Indian journal of veterinary science and animal husbandry - Volumes 15-17, 1948-1951
Year: 1948
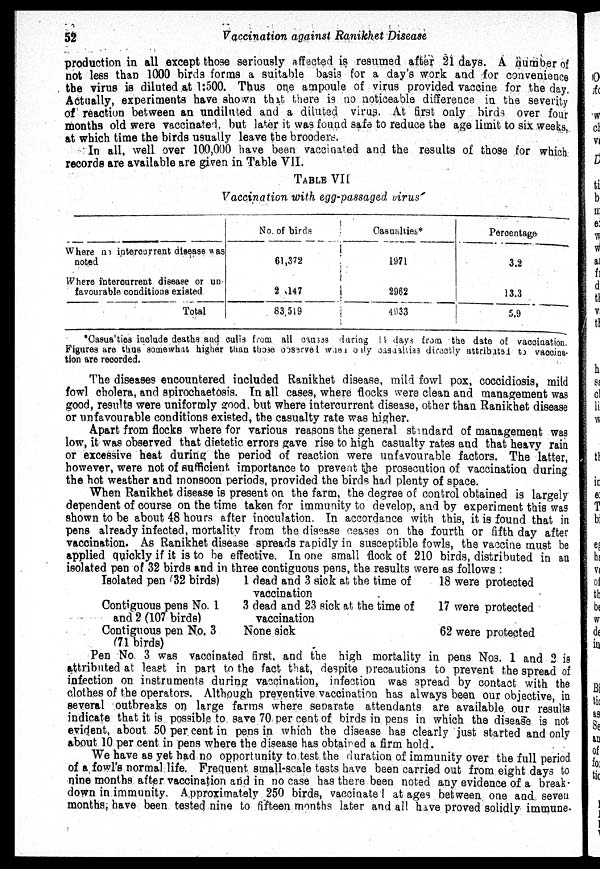
52
Vaccination against Ranikhet Disease
production in all except those seriously affected is resumed after 21 days. A number of
not less than 1000 birds forms a suitable basis for a day's work and for convenience
the virus is diluted at 1:500. Thus one ampoule of virus provided vaccine for the day.
Actually, experiments have shown that there is no noticeable difference in the severity
of reaction between an undiluted and a diluted virus. At first only birds over four
months old were vaccinated, but later it was found safe to reduce the age limit to six weeks,
at which time the birds usually leave the brooders.
In all, well over 100,000 have been vaccinated and the results of those for which
records are available are given in Table VII.
TABLE VII
Vaccination with egg-passaged virus
Where no intercurrent disease was
noted
Where intercurrent disease or un-
favourable conditions existed
Total
No. of birds
61,372
2 ,147
83,519
Casualties*
1971
2962
4933
Percentage
3.2
13.3
5.9
*Casualties include deaths and culls from all causes during 11 days from the date of vaccination.
Figures are thus somewhat higher than those observed where only casualties directly attributed to vaccina-
tion are recorded.
The diseases encountered included Ranikhet disease, mild fowl pox, coccidiosis, mild
fowl cholera, and spirochaetosis. In all cases, where flocks were clean and management was
good, results were uniformly good, but where intercurrent disease, other than Ranikhet disease
or unfavourable conditions existed, the casualty rate was higher.
Apart from flocks where for various reasons the general standard of management was
low, it was observed that dietetic errors gave rise to high casualty rates and that heavy rain
or excessive heat during the period of reaction were unfavourable factors. The latter,
however, were not of sufficient importance to prevent the prosecution of vaccination during
the hot weather and monsoon periods, provided the birds had plenty of space.
When Ranikhet disease is present on the farm, the degree of control obtained is largely
dependent of course on the time taken for immunity to develop, and by experiment this was
shown to be about 48 hours after inoculation. In accordance with this, it is found that in
pens already infected, mortality from the disease ceases on the fourth or fifth day after
vaccination. As Ranikhet disease spreads rapidly in susceptible fowls, the vaccine must be
applied quickly if it is to be effective. In one small flock of 210 birds, distributed in an
isolated pen of 32 birds and in three contiguous pens, the results were as follows :
Isolated pen (32 birds)
Contiguous pens No. 1
and 2 (107 birds)
Contiguous pen No. 3
(71 birds)
1 dead and 3 sick at the time of
vaccination
3 dead and 23 sick at the time of
vaccination
None sick
18 were protected
17 were protected
62 were protected
Pen No. 3 was vaccinated first, and the high mortality in pens Nos. 1 and 2 is
attributed at least in part to the fact that, despite precautions to prevent the spread of
infection on instruments during vaccination, infection was spread by contact with the
clothes of the operators. Although preventive vaccination has always been our objective, in
several outbreaks on large farms where separate attendants are available our results
indicate that it is possible to save 70 per cent of birds in pens in which the disease is not
evident, about 50 per cent in pens in which the disease has clearly just started and only
about 10 per cent in pens where the disease has obtained a firm hold.
We have as yet had no opportunity to test the duration of immunity over the full period
of a fowl's normal life. Frequent small-scale tests have been carried out from eight days to
nine months after vaccination and in no case has there been noted any evidence of a break-
down in immunity. Approximately 250 birds, vaccinated at ages between one and seven
months, have been tested nine to fifteen months later and all have proved solidly immune.